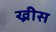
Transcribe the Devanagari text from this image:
ख्रीस